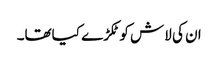
ان کی لاش کو ٹکڑے کیاتھا۔